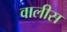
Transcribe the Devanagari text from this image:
वालीस